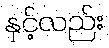
နှင့်လည်း